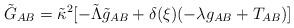
LaTeX: \begin{align*}\tilde{G}_{AB} = \tilde{\kappa}^2 [ - \tilde{\Lambda}\tilde{g}_{AB} + \delta(\xi)({- \lambda g_{AB} + T_{AB}})]\end{align*}